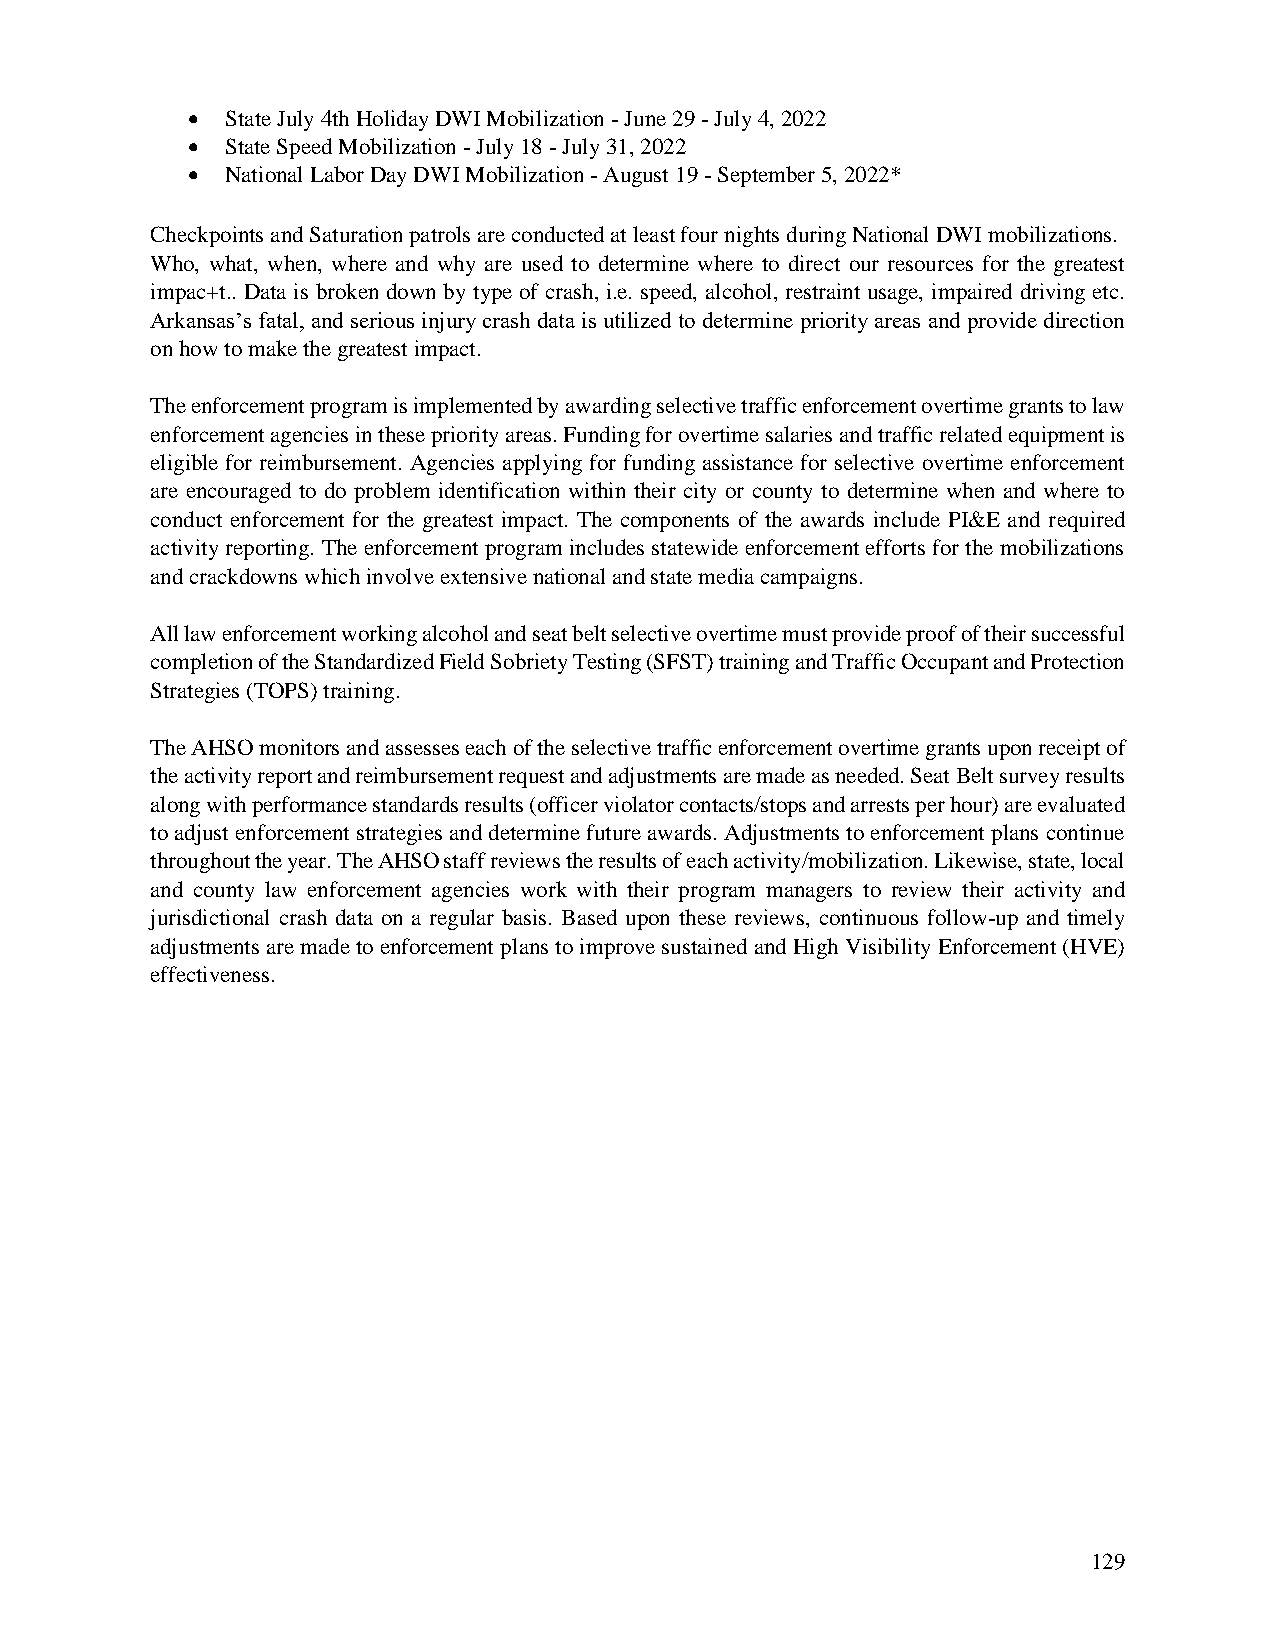
•  State July 4th Holiday DWI Mobilization - June 29 - July 4, 2022
 •  State Speed Mobilization - July 18 - July 31, 2022
 •  National Labor Day DWI Mobilization - August 19 - September 5, 2022*
 Checkpoints and Saturation patrols are conducted at least four nights during National DWI mobilizations.
 Who, what, when, where and why are used to determine where to direct our resources for the greatest
 impac+t.. Data is broken down by type of crash, i.e. speed, alcohol, restraint usage, impaired driving etc.
 Arkansas’s fatal, and serious injury crash data is utilized to determine priority areas and provide direction
 on how to make the greatest impact.
 The enforcement program is implemented by awarding selective traffic enforcement overtime grants to law
 enforcement agencies in these priority areas. Funding for overtime salaries and traffic related equipment is
 eligible for reimbursement. Agencies applying for funding assistance for selective overtime enforcement
 are encouraged to do problem identification within their city or county to determine when and where to
 conduct enforcement for the greatest impact. The components of the awards include PI&E and required
 activity reporting. The enforcement program includes statewide enforcement efforts for the mobilizations
 and crackdowns which involve extensive national and state media campaigns.
 All law enforcement working alcohol and seat belt selective overtime must provide proof of their successful
 completion of the Standardized Field Sobriety Testing (SFST) training and Traffic Occupant and Protection
 Strategies (TOPS) training.
 The AHSO monitors and assesses each of the selective traffic enforcement overtime grants upon receipt of
 the activity report and reimbursement request and adjustments are made as needed. Seat Belt survey results
 along with performance standards results (officer violator contacts/stops and arrests per hour) are evaluated
 to adjust enforcement strategies and determine future awards. Adjustments to enforcement plans continue
 throughout the year. The AHSO staff reviews the results of each activity/mobilization. Likewise, state, local
 and county law enforcement agencies work with their program managers to review their activity and
 jurisdictional crash data on a regular basis. Based upon these reviews, continuous follow-up and timely
 adjustments are made to enforcement plans to improve sustained and High Visibility Enforcement (HVE)
 effectiveness.
 129